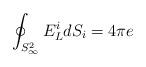
LaTeX: \begin{align*}\oint _{S^2_{\infty}} E^i_L dS_i = 4 \pi e\end{align*}